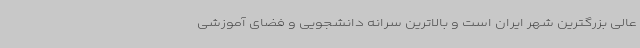
عالی بزرگترین شهر ایران است و بالاترین سرانه دانشجویی و فضای آموزشی